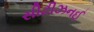
સીટીઝનઈ